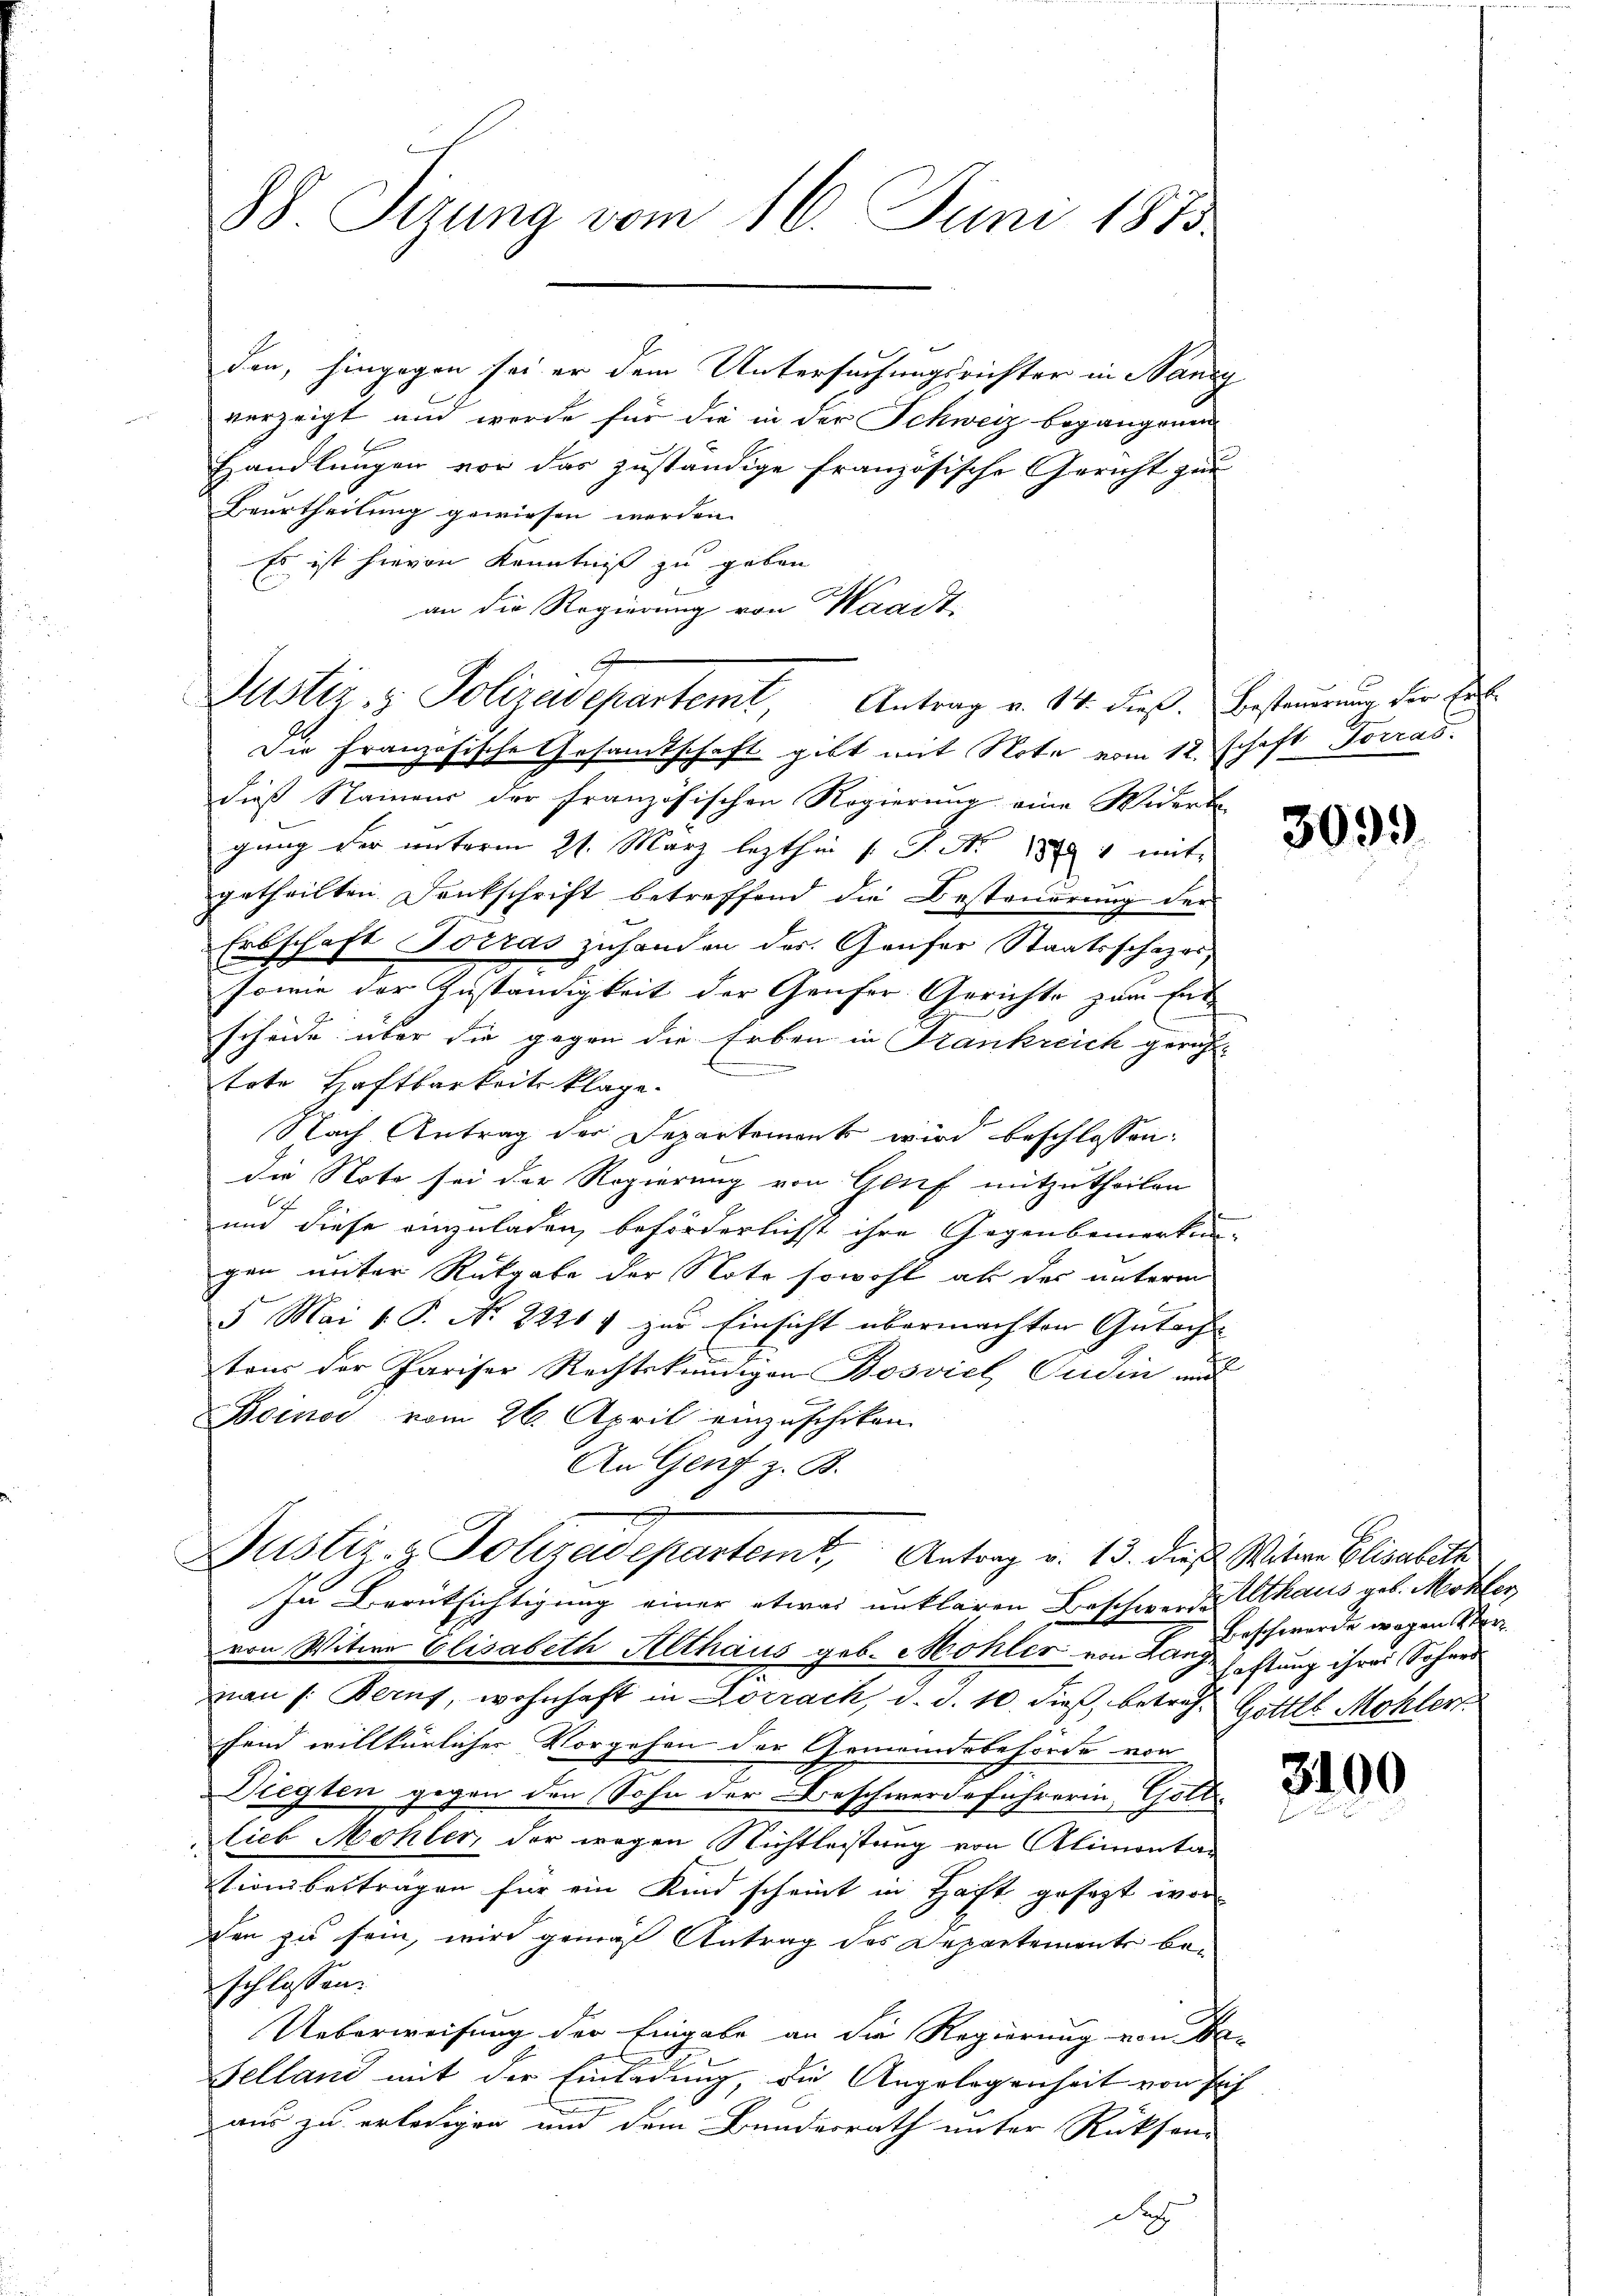
88 Sizung vom 16. Juni 1815

den, hingegen sei er dem Untersuchungsrichter in Bandg
verzeigt und werde für die in der Schweiz begangenen
Handlungen vor das zuständige französische Gericht zur
Beurtheilung gewiesen werden.
Es ist hievon Kenntniß zu geben
an die Regierung von Waadt.

Justiz- & Polizeidepartemt, Antrag v. 14. dieß. Erstammung der Er

Die Französische Gesandtschaft gibt mit Note vom 12. Schaft Socras.
dieß Staineur der französischen Regierung eine Widerbe-
gung der unterm 21. März lezthin s. S. Nr. 1871 mit
getheilten Denkschrift betreffend die Besteuerung der
Erbschaft Vorras zuhanden des Genfer Staatsschazes¬
sowie der Zuständigkeit der Genfer Gerichte zum Entscheide über die gegen die Erben in Krankreich gericht-
m
tote Haftbarkeits klage.
Nach Antrag der Departement wird beschlossen:
die Note sei der Regierung von Genf mitzutheilen
.
E
und diese einzuladen, beförderlichst ihre Gegenbemerkun-
gen unter Rückgabe der Note sowohl als der unterm
5 Mai v. P. Nr. 22217 zur Einsicht übermachten Gutachtons der Pariser Rechtskundigen Bosviel Gedin au
Boino vom 26. April einzuschiken.
An Genf z. B.
e
Justiz- & Polizadepartem Antrag v. 13. dieß Witwe Elisabeth
In Berüksichtigung einer etwas unklaren Beschwerde Althaus geb. Metzler,
von Witwe Elisabeth Althaus geb. Mohler von Langhaftung ihrer Sohnes
van s. Beruf, wohnhaft in Lörrach, d. d. 10. dieß, betref- Gottes Mohler
fend willkürlicher Vorgehen der Gemeindebehörde von
Diegten gegen den Sohn der Beschwerdeführerin, Gott
lieb Möhler, der wegen Nichtleistung von Alimonta¬
Stioniberträgen für ein Kind scheint in Haft gesagt worsen zu sein, wird genas Antrag des Departement beschlossen:
Ueberweisung der Eingabe an die Regierung von Be-
Selland mit der Einladung, die Angelegenheit von Erf
aus zu erledigen und dem Bundesrath unter Rücksend
doch

3099

Beschwerde wegen Ster